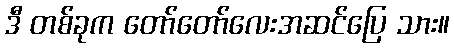
ဒီ တစ်ခုက တော်တော်လေးအဆင်ပြေ သား။